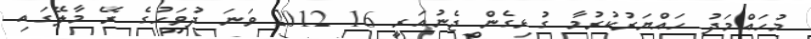
މުހައްމަދު ހައްޔަރުކުރުމާ ގުޅިގެން ޖެނުއަރީ 16 2012 ވަނަ ދުވަހުގެ ރޭ މާލޭގައި